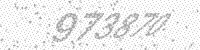
Solution: 973870